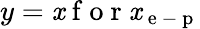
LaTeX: y=\mathit{x}\mathrm{{~f~o~r~}}\mathit{x}_{\mathrm{{~e~-~p~}}}